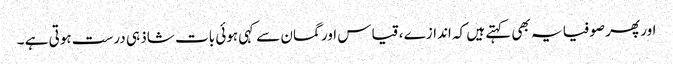
اور پھر صوفیا یہ بھی کہتے ہیں کہ اندازے ، قیاس اور گمان سے کہی ہوئی بات شاذ ہی درست ہوتی ہے ۔